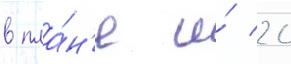
в пла́н'е и́ 20